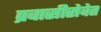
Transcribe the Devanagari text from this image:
प्रवासीसेवेत